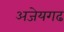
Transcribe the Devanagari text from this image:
अजेयगढ